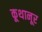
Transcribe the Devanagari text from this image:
कूथानूर